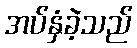
အပ်နှံခဲ့သည်